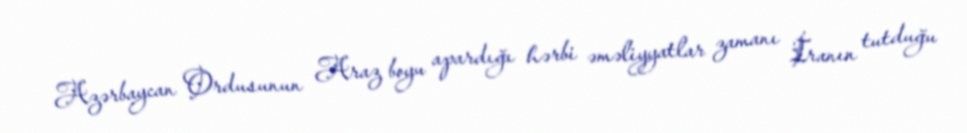
Azərbaycan Ordusunun Araz boyu apardığı hərbi əməliyyatlar zamanı İranın tutduğu